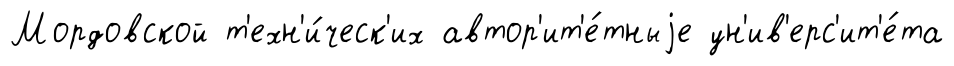
Мордовской т'ехн'и́ческ'их автор'ит'е́тныjе ун'ив'ерс'ит'е́та